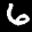
Digit: 6